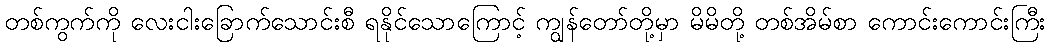
တစ်ကွက်ကို လေးငါးခြောက်သောင်းစီ ရနိုင်သောကြောင့် ကျွန်တော်တို့မှာ မိမိတို့ တစ်အိမ်စာ ကောင်းကောင်းကြီး